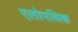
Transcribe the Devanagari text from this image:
एलोपथिक